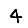
Digit: 4